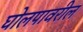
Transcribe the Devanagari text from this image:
घोलपावरील